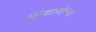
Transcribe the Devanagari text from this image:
भांडारांच्या